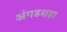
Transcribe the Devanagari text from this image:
अंगडशहा